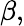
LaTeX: \beta,